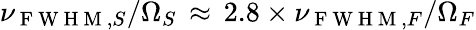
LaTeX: \nu_{\mathrm{~F~W~H~M~},S}/\Omega_{S}\, \approx\, 2.8\times\nu_{\mathrm{~F~W~H~M~},F}/\Omega_{F}